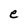
Character: e